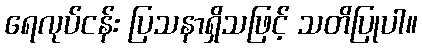
ရေလုပ်ငန်း ပြသနာရှိသဖြင့် သတိပြုပါ။